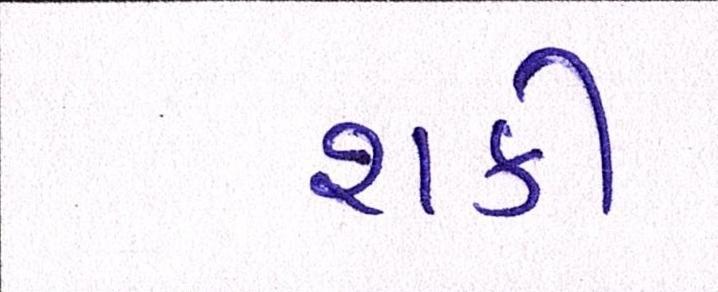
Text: શકી